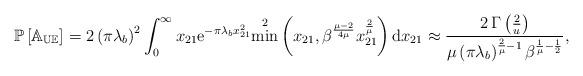
LaTeX: \begin{align*}\mathbb{P}\left[\mathbb{A_{UE}}\right] =2\left(\pi\lambda_{b}\right)^2\int_{0}^{\infty}x_{21}\mathrm{e}^{-\pi\lambda_{b}x_{21}^2}{\min^2} \left(x_{21},\beta^{\frac{\mu-2}{4\mu}}x_{21}^{\frac{2}{\mu}}\right)\mathrm{d}x_{21}\approx \frac{2\, \Gamma\left(\frac{2}{u}\right)}{\mu \left(\pi\lambda_b\right)^{\frac{2}{\mu}-1}\beta^{\frac{1}{\mu}-\frac{1}{2}}},\end{align*}